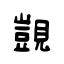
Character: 覬